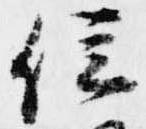
位